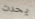
يحدث